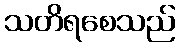
သတိရစေသည်